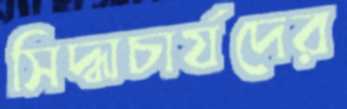
সিদ্ধাচার্যদের